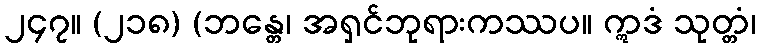
၂၄၇။ (၂၁၈) (ဘန္တေ၊ အရှင်ဘုရားကဿပ။ ဣဒံ သုတ္တံ၊